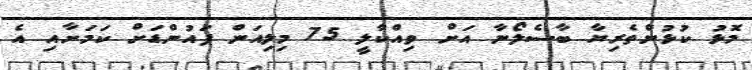
މޮޅު ކުޅުންތެރިޔާ ބާސެލޯނާ އަށް ވިއްކާލީ 75 މިލިއަން ޕައުންޑަށް ކަމަށާއި އެ